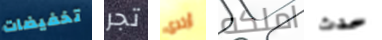
تخفيضات تجر أرتدى املكه حدث